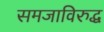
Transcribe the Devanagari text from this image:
समजाविरुद्ध